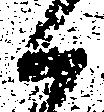
候